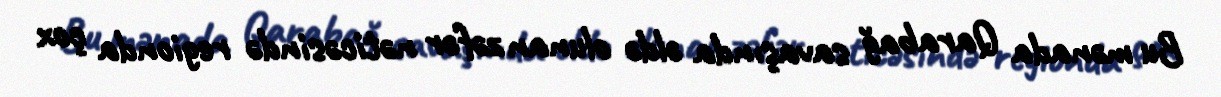
Bu mənada Qarabağ savaşında əldə olunan zəfər nəticəsində regionda çox